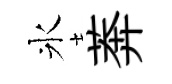
氷莾